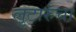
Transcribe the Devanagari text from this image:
लुटारुंचा